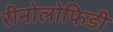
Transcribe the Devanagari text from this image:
रीनोलोफिडी